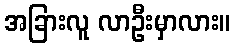
အခြားလူ လာဦးမှာလား။